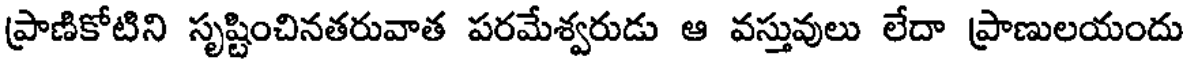
ప్రాణికోటిని సృష్టించినతరువాత పరమేశ్వరుడు ఆ వస్తువులు లేదా ప్రాణులయందు